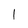
Character: l